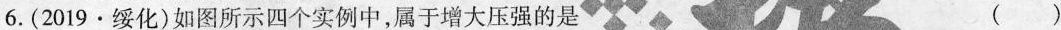
6. (2019 · 绥化)如图所示四个实例中，属于增大压强的是 ()